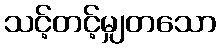
သင့်တင့်မျှတသော